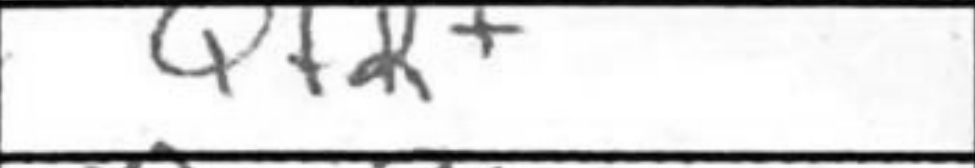
Transcription: Qf2+